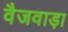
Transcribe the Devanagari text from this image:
वैजवाड़ा